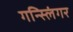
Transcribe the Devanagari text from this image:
गन्स्लिंगर